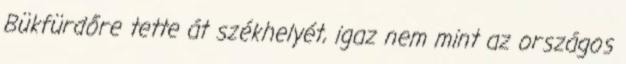
Bükfürdőre tette át székhelyét, igaz nem mint az országos